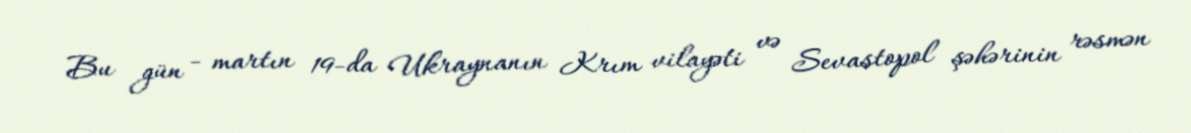
Bu gün - martın 19-da Ukraynanın Krım vilayəti və Sevastopol şəhərinin rəsmən